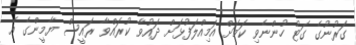
ގަރުނުގެ ގަޓު ހުންނެވި ކަމަށް އަމިއްލަފުޅަށް ދައުވާ ކުރައްވާ ރައީސް ޔާމީންގެ އެ